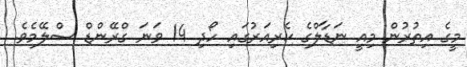
މީގެ އިތުރުން މިއީ ނަޑާލްގެ ކެރިއަރުގައި ހޯދި 14 ވަނަ ގްރޭންޑް ސްލޭމެވެ.